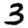
Digit: 3